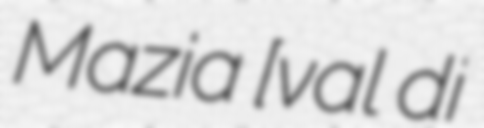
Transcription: Mazia [ˈval di